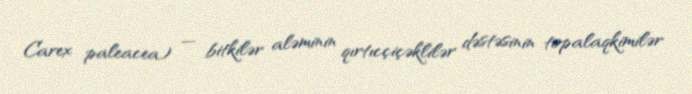
Carex paleacea) — bitkilər aləminin qırtıcçiçəklilər dəstəsinin topalaqkimilər